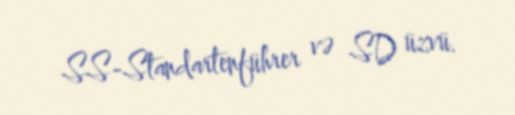
SS-Standartenführer və SD üzvü.